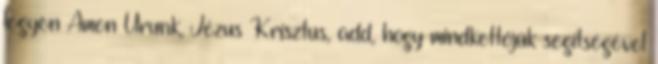
legyen Ámen Urunk, Jézus Krisztus, add, hogy mindkettőjük segítségével